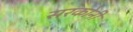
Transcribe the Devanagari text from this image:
सरकोनी